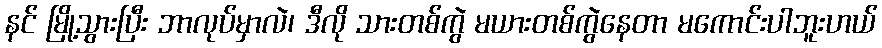
နင် မြို့သွားပြီး ဘာလုပ်မှာလဲ၊ ဒီလို သားတစ်ကွဲ မယားတစ်ကွဲနေတာ မကောင်းပါဘူးဟယ်